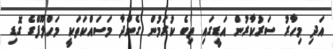
އަދި މިހާރު ސަރުކާރުން އަޑީގައި ތިބެ ކުރަމުން ގެންދާ މަސައްކަތަކީ މަހްލޫފްގެ ގޮޑި